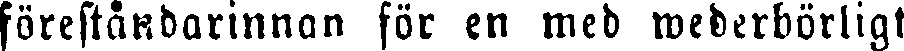
föreståndarinnan för en med wederbörligt